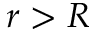
r > R